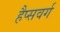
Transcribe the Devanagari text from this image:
हैप्सवर्ग